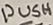
Text: PUSH